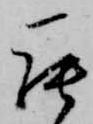
罷